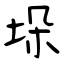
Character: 垛